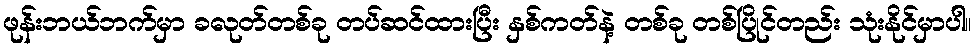
ဖုန်းဘယ်ဘက်မှာ ခလုတ်တစ်ခု တပ်ဆင်ထားပြီး နှစ်ကတ်နဲ့ တစ်ခု တစ်ပြိုင်တည်း သုံးနိုင်မှာပါ။